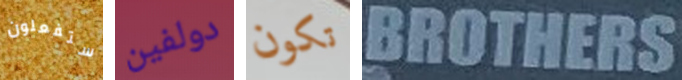
ستفعلون دولفين تكون BROTHERS